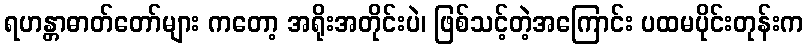
ရဟန္တာဓာတ်တော်များ ကတော့ အရိုးအတိုင်းပဲ၊ ဖြစ်သင့်တဲ့အကြောင်း ပထမပိုင်းတုန်းက